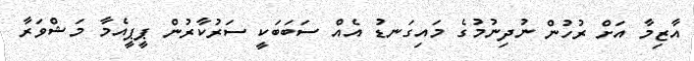
އާޒިމާ އަށް ރުހުން ނުދިނުމުގެ މައިގަނޑު އެއް ސަބަބަކީ ސަރުކާރުން ޕީޕީއެމާ މަޝްވަރާ